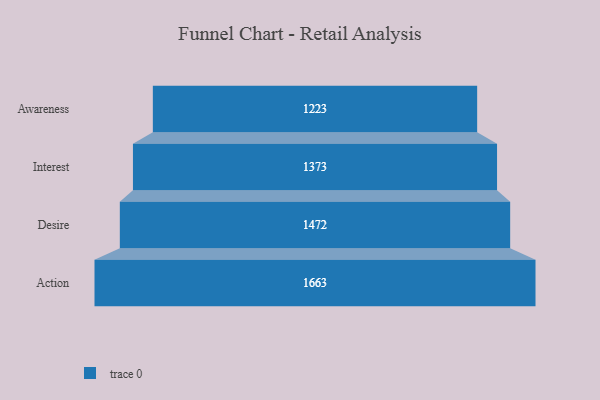
{"axis": {"x": "Stage", "y": "Value"}, "legend": [""], "data": [{"x": "Awareness", "y": 1223.0, "type": ""}, {"x": "Interest", "y": 1373.0, "type": ""}, {"x": "Desire", "y": 1472.0, "type": ""}, {"x": "Action", "y": 1663.0, "type": ""}]}